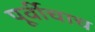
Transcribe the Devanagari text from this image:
पूर्वीचाच